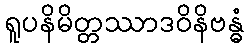
ရူပနိမိတ္တဿာဒဝိနိဗန္ဓံ